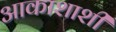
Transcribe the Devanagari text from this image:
आकाशाशी